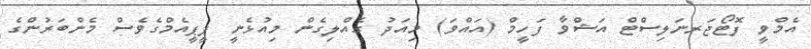
އެމްވީ ފޮޓޯޖަރނަލިސްޓް އަޝްވާ ފަހީމް (އައްވަ) މިއަދު ގެއްލިގެން މިއުޅެނީ ޕީޕީއެމްގެވެސް މެންބަރުންގެ